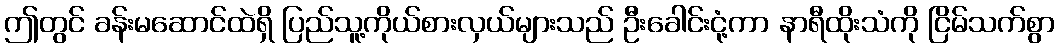
ဤတွင် ခန်းမဆောင်ထဲရှိ ပြည်သူ့ကိုယ်စားလှယ်များသည် ဦးခေါင်းငုံ့ကာ နာရီထိုးသံကို ငြိမ်သက်စွာ